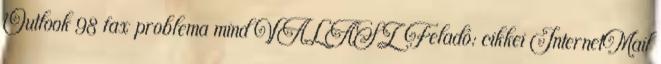
Outlook 98 fax problema mind VÁLASZ Feladó: cikkei InternetMail